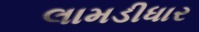
લામડીધાર